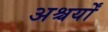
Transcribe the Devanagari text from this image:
अश्चर्यों